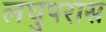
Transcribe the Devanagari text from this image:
लघुपरास